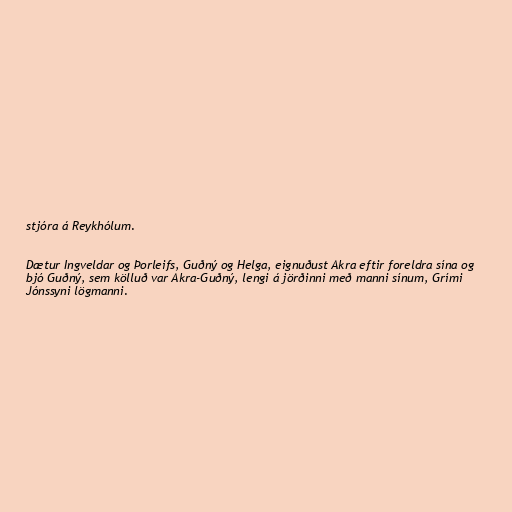
stjóra á Reykhólum.

Dætur Ingveldar og Þorleifs, Guðný og Helga, eignuðust Akra eftir foreldra sína og
bjó Guðný, sem kölluð var Akra-Guðný, lengi á jörðinni með manni sínum, Grími
Jónssyni lögmanni.